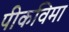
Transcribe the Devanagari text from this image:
पीकविमा